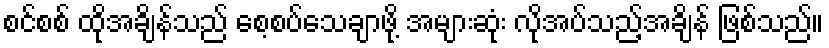
စင်စစ် ထိုအချိန်သည် စေ့စပ်သေချာဖို့ အများဆုံး လိုအပ်သည့်အချိန် ဖြစ်သည်။